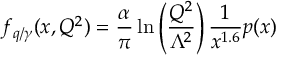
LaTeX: f _ { q / \gamma } ( x , Q ^ { 2 } ) = \frac { \alpha } { \pi } \ln \left( \frac { Q ^ { 2 } } { \Lambda ^ { 2 } } \right) \frac { 1 } { x ^ { 1 . 6 } } p ( x )